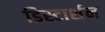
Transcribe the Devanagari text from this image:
डिस्टार्शन